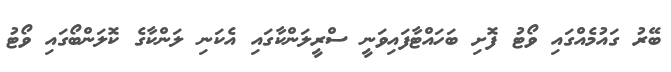
ބޭރު ގައުމެއްގައި ވޯޓު ފޮށި ބަހައްޓާފައިވަނީ ސްރީލަންކާގައި އެކަނި ލަންކާގެ ކޮލަންބޯގައި ވޯޓު